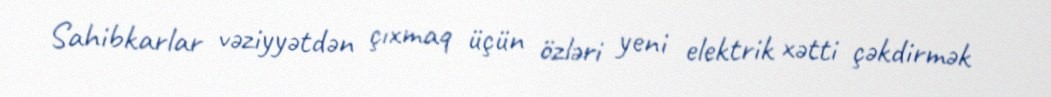
Sahibkarlar vəziyyətdən çıxmaq üçün özləri yeni elektrik xətti çəkdirmək